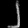
Digit: ၂